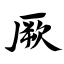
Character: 厥